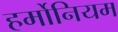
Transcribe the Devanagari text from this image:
हर्मोनियम